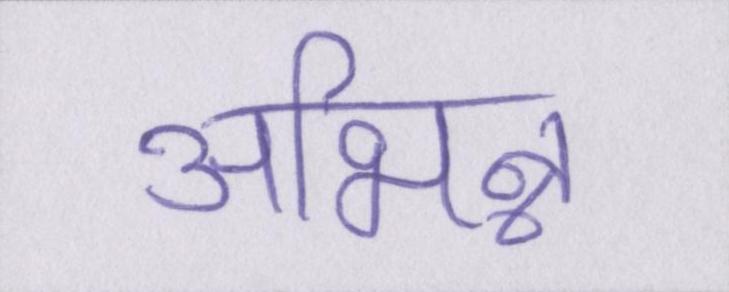
अभिन्न